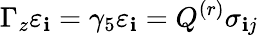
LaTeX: \Gamma_{z}\varepsilon_{\mathbf{i}}=\gamma_{5}\varepsilon_{\mathbf{i}}=Q^{(r)}\sigma_{\mathbf{i}j}